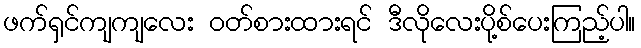
ဖက်ရှင်ကျကျလေး ဝတ်စားထားရင် ဒီလိုလေးပို့စ်ပေးကြည့်ပါ။